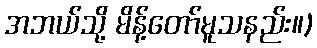
အဘယ်သို့ မိန့်တော်မူသနည်း။)